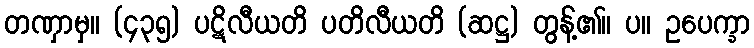
တဏှာမှ။ (၄၃၅) ပဋိလီယတိ ပတိလီယတိ (ဆဋ္ဌ) တွန့်၏။ ပ။ ဥပေက္ခာ